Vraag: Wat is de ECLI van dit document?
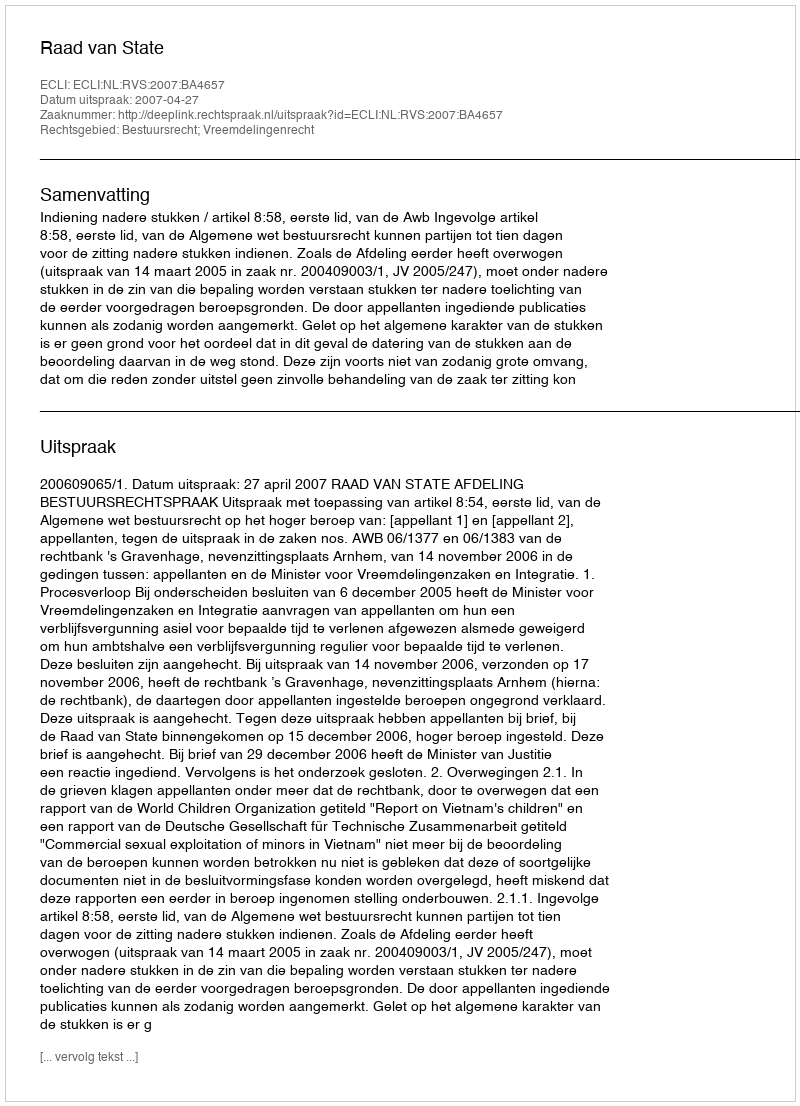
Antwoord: ECLI:NL:RVS:2007:BA4657